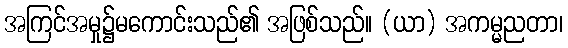
အကြင်အမှု၌မကောင်းသည်၏ အဖြစ်သည်။ (ယာ) အကမ္မညတာ၊